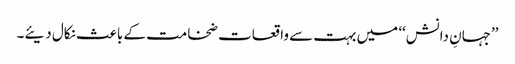
’’جہانِ دانش‘‘ میں بہت سے واقعات ضخامت کے باعث نکال دیئے۔